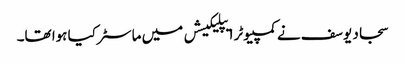
سجاد یوسف نے کمپیوٹر ایپلیکیشں میں ماسٹر کیا ہوا تھا۔